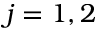
j = 1 , 2